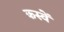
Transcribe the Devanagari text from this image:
कस्वें